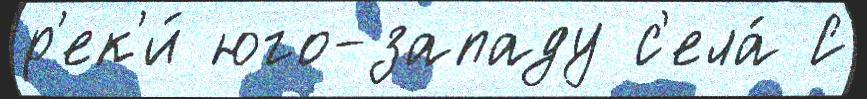
р'ек'и́ юго-западу с'ела́ С